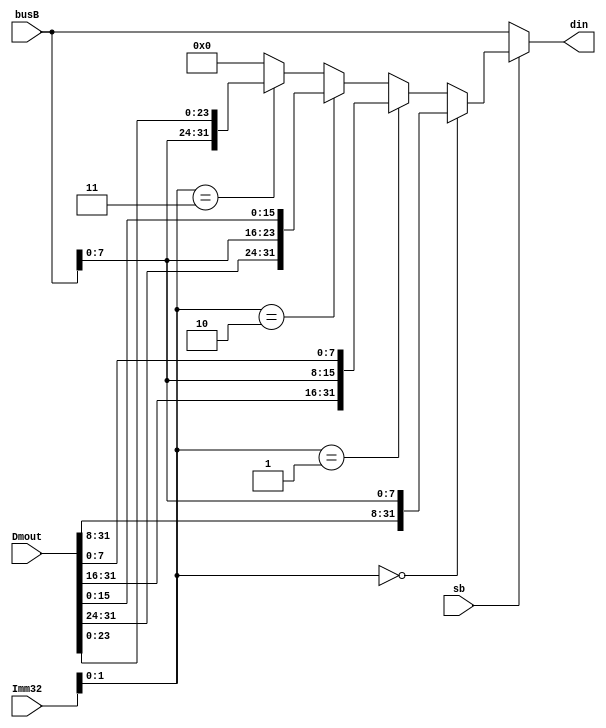
module SbUnit(sb,busB,Imm32,Dmout,din);
  input sb;
  input [31:0] Imm32;
  input [31:0] busB;
  input [31:0] Dmout;
  output [31:0] din;
  wire [31:0] result;
  
  wire [31:0] tmp1,tmp2,tmp3,tmp4;
  wire [1:0] judge;
    
  assign tmp1 = {Dmout[31:8],busB[7:0]};
  assign tmp2 = {Dmout[31:16],busB[7:0],Dmout[7:0]};
  assign tmp3 = {Dmout[31:24],busB[7:0],Dmout[15:0]};
  assign tmp4 = {busB[7:0],Dmout[23:0]};
  assign judge = Imm32[1:0];
  
  assign result =(judge == 2'b00)? tmp1:
                 (judge == 2'b01)? tmp2:
                 (judge == 2'b10)? tmp3:
                 (judge == 2'b11)? tmp4:0;
  assign din = (sb)?result:busB;
endmodule